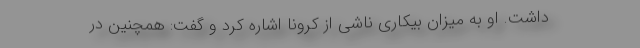
داشت. او به میزان بیکاری ناشی از کرونا اشاره کرد و گفت: همچنین در